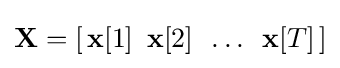
{\textstyle \mathbf {X} =[\,\mathbf {x} [1]\,\ \mathbf {x} [2]\,\ \dots \,\ \mathbf {x} [T]\,]}